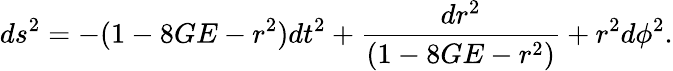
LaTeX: ds^{2}=-(1-8GE-r^{2})dt^{2}+\frac{dr^{2}}{(1-8GE-r^{2})}+r^{2}d\phi^{2}.